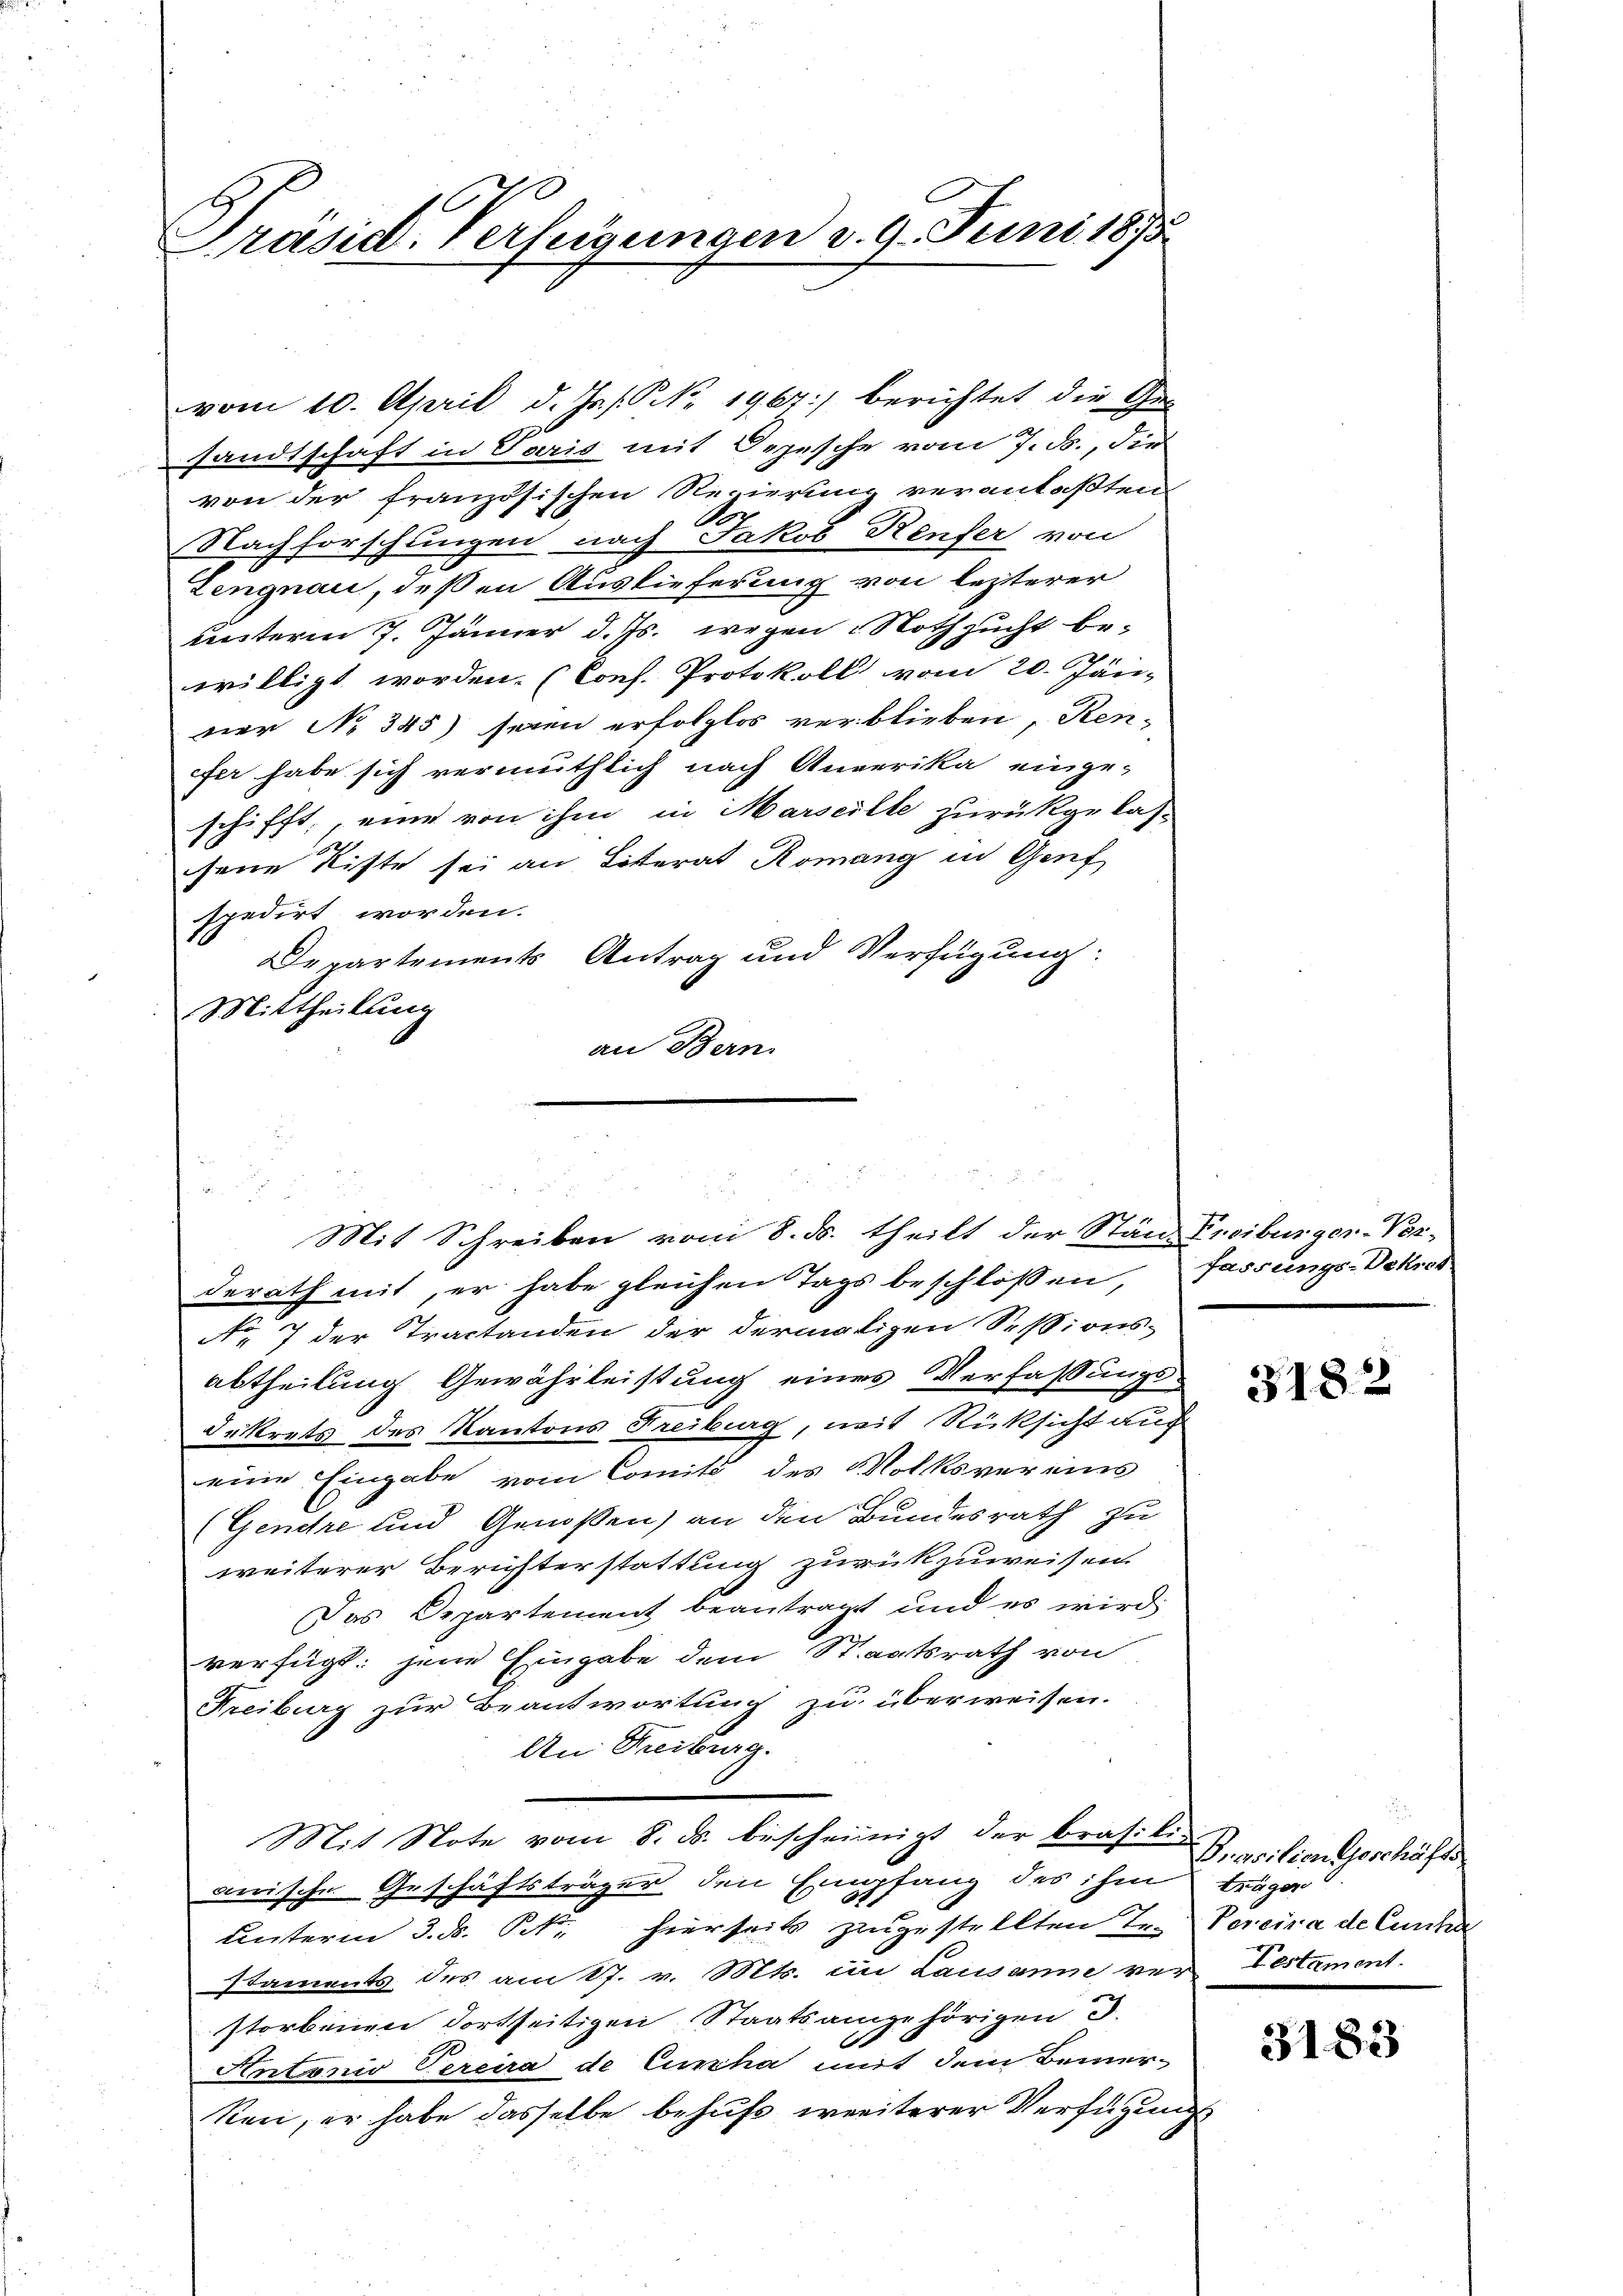
x
Präsid. Verfügungen d. 9. Juni 1875

vom 10. April d. Js. s. No. 1967) berichtet die Gesandtschaft in Paris mit Depesche vom 7. ds., die
von der französischen Regierung veranlaßten
Nachforschungen nach Jakob Renfer von
Lengnau, deßen Auslieferung von lezterer
lesterm 7. Jänner d. Js. wegen Nothzucht be-
willigt worden. (Konf. Protokoll vom 20. Jän
ner No 345) seien erfolglos verblieben, Kenffer habe sich vermuthlich nach Anverika einge-
schifft, eine von ihm in Marseille zurückgelas-
chsene Kiste sei an Litterat Romang in Genf
spedirt worden.
Departements Antrag und Verfügung:
Mittheilung
an Bern.

u

.
Mit Schreiben vom 8. ds. theilt der Stän-Freiburger-Ver-

derath mit, er habe gleichen Tags beschlossen, fassungs-Dekret
No 7 der Tractanden der dermaligen Sessions-
abtheilung Gewährleistung eines Verfassungs-
dekrets des Kantons Freiburg, mit Rücksicht auch
eine Eingabe vom Comité des Volksvereins
(Gendre und Genoßen) an den Bundesrath zu
weiterer Berichterstattung zurückzuweisen.
Das Departement beantragt und es wird
verfügt: jene Eingabe dem Staatsrath von
Freiburg zur Beantwortung zu überweisen.
An Freiburg.
Mit Note vom 8. ds. bescheinigt der Brasili-
aerische Geschäftsträger den Empfang des ihm trage
ŭnterm 3. ds. P. hierseits zugestellten Tr. Vereira de Canton
staments des am 17. v. Mts. im Lausanne verbestament.
storbenen dortseitigen Staatsangehörigen J.
Antonio Vereira de Curzha mit dem Bemer-
ken, er habe dasselbe behufs weiterer Verfügung

3182

Prasilien Geschäfts

3183